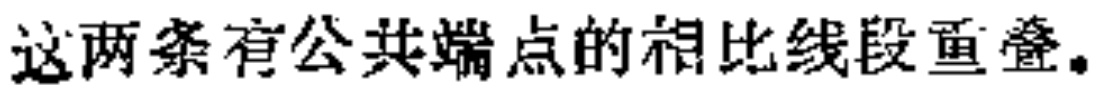
这两条有公共端点的相比线段重叠。